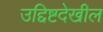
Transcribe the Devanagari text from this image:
उद्दिष्टदेखील